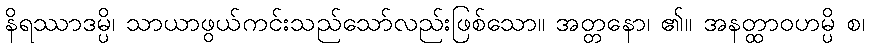
နိရဿာဒမ္ပိ၊ သာယာဖွယ်ကင်းသည်သော်လည်းဖြစ်သော။ အတ္တနော၊ ၏။ အနတ္ထာဝဟမ္ပိ စ၊